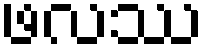
ဖလဿ